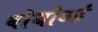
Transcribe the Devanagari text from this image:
बोधोऽहं